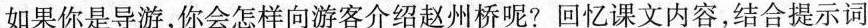
如果你是导游，你会怎样向游客介绍赵州桥呢?回忆课文内容，结合提示词